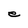
Character: e